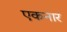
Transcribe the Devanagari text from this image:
एकनार